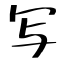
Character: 写